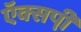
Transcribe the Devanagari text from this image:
ऍक्सपी़